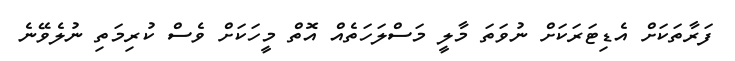
ފަރާތަކަށް އެޑިޓަރަކަށް ނުވަތަ މާލީ މަސްލަހަތެއް އޮތް މީހަކަށް ވެސް ކުރިމަތި ނުލެވޭނެ